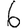
Digit: 6